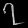
Digit: ၇